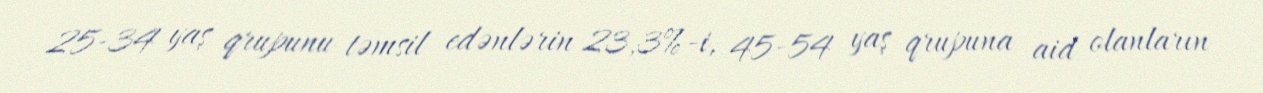
25-34 yaş qrupunu təmsil edənlərin 23,3%-i, 45-54 yaş qrupuna aid olanların